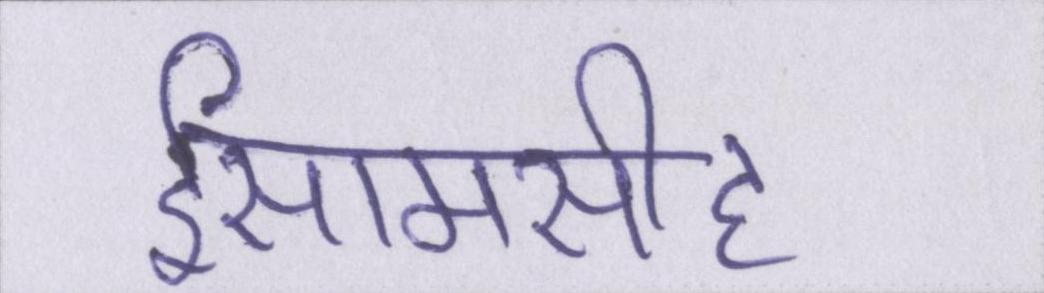
ईसामसीह